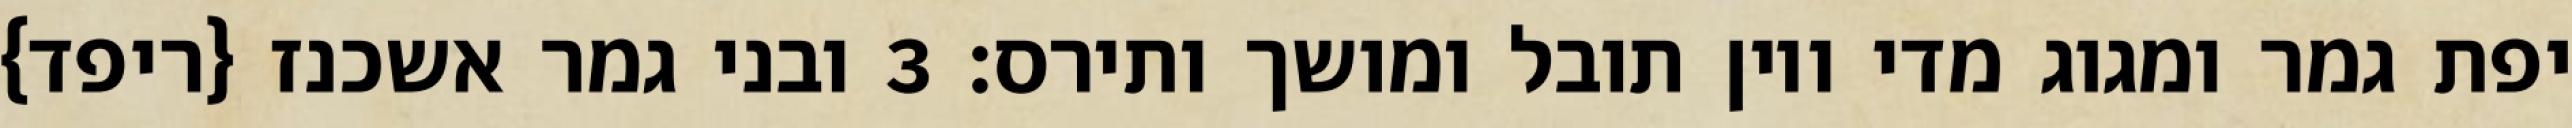
יפת גמר ומגוג מדי ויון תובל ומושך ותירס׃ ‎3‏ ובני גמר אשכנז {ריפד}